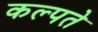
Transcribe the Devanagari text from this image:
कल्पते